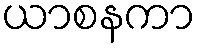
ယာစနကာ